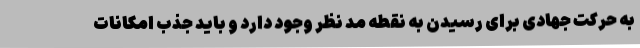
به حرکت جهادی برای رسیدن به نقطه مد نظر وجود دارد و باید جذب امکانات